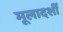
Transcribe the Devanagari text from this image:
मूलादर्शी